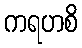
ကရဟစိ